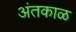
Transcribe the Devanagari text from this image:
अंतकाळ